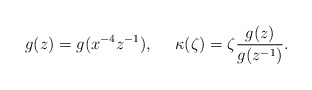
\begin{align*}g(z)=g(x^{-4}z^{-1}), ~~~~ \kappa (\zeta )=\zeta \frac{g(z)}{g(z^{-1})}. \end{align*}